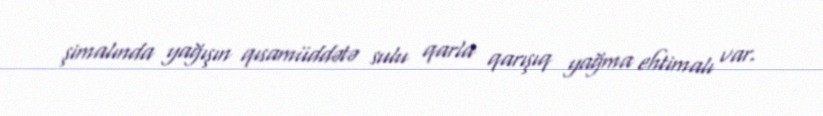
şimalında yağışın qısamüddətə sulu qarla qarışıq yağma ehtimalı var.